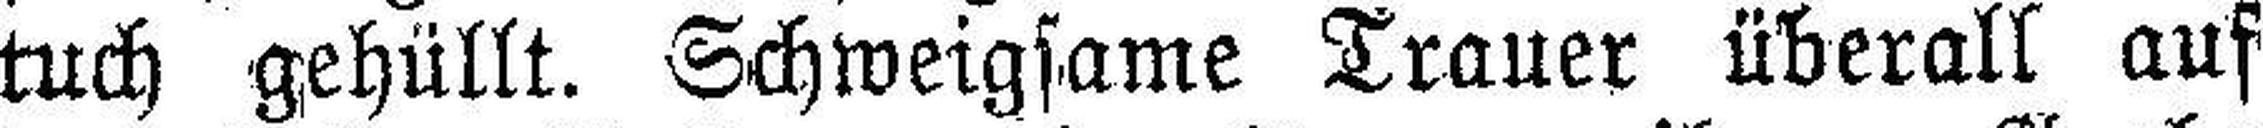
tuch gehüllt. Schweigsame Trauer überall auf